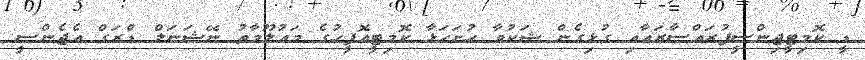
ޑީ ކޮމިޓީޖިންސީފުރައްސާރައާއި ގުޅިގެން ޝަކުވާ ހުށަހަޅާ ކޮމިޓީއޮފީހުގެ މަޢުލޫމާތު ނޭޝަނަލް ޑްރަގް އެޖެންސީ